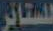
للستائر